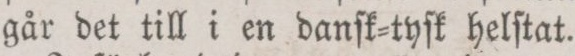
går det till i en danſk=tyſk helſtat.